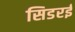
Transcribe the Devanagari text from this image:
सिडरई